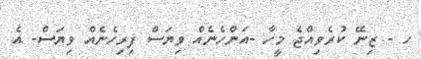
ހ - ޒިނޭ ކުރެވިއްޖެ މީހާ -އަންހެނެއް ވިޔަސް ފިރިހެނެއް ވިޔަސް- އެ